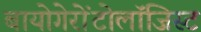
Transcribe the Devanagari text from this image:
बायोगेरोंटोलॉजिस्ट